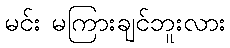
မင်း မကြားချင်ဘူးလား